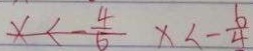
x < - \frac { 4 } { 5 } x < - \frac { 6 } { 4 }